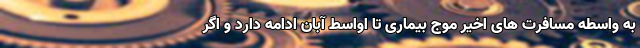
به واسطه مسافرت های اخیر موج بیماری تا اواسط آبان ادامه دارد و اگر